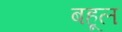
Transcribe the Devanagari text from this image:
बहूल